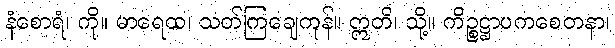
နံစောရံ၊ ကို။ မာရေထ၊ သတ်ကြချေကုန်။ ဣတိ၊ သို့။ ကိဉ္စဋ္ဌာပကစေတနာ၊